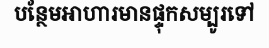
បន្ថែមអាហារមានផ្ទុកសម្បូរទៅ